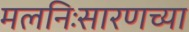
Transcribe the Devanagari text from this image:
मलनिःसारणच्या